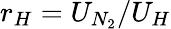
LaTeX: r_{H}=U_{N_{2}}/U_{H}